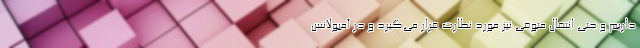
داریم و حتی انتقال متوفی نیز مورد نظارت قرار می‌گیرد و در آمبولانس